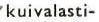
kuivalasti-